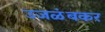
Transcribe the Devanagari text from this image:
उजळंबकर